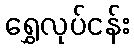
ရွှေလုပ်ငန်း